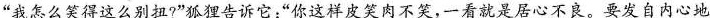
”我怎么笑得这么别扭?”狐狸告诉它；”你这样皮笑肉不笑，一看就是居心不良。要发自内心地